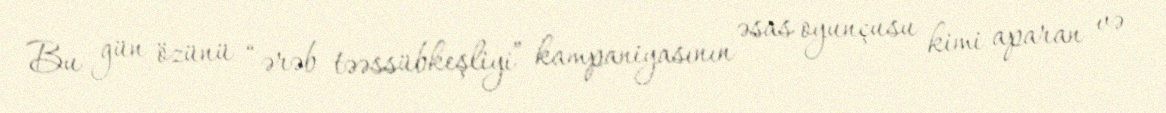
Bu gün özünü “ərəb təəssübkeşliyi” kampaniyasının əsas oyunçusu kimi aparan və